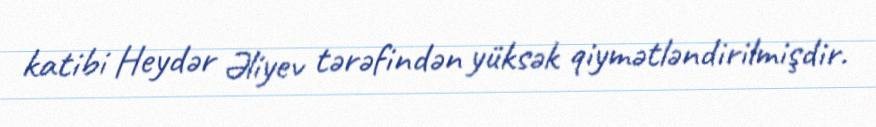
katibi Heydər Əliyev tərəfindən yüksək qiymətləndirilmişdir.